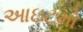
આઇટમો